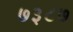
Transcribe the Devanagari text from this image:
७३८७